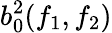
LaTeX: b_{0}^{2}(f_{1},f_{2})